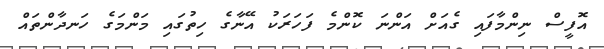
އޮފީސް ނިންމާފައި ގެއަށް އަންނަ ކޮންމެ ފަހަރަކު އޭނާގެ ހިތުގައި މަންމަގެ ހަނދާންތައް